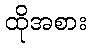
ထိုအစား